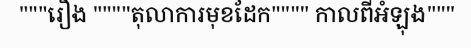
"""រឿង """"តុលាការមុខដែក"""" កាលពីអំឡុង"""